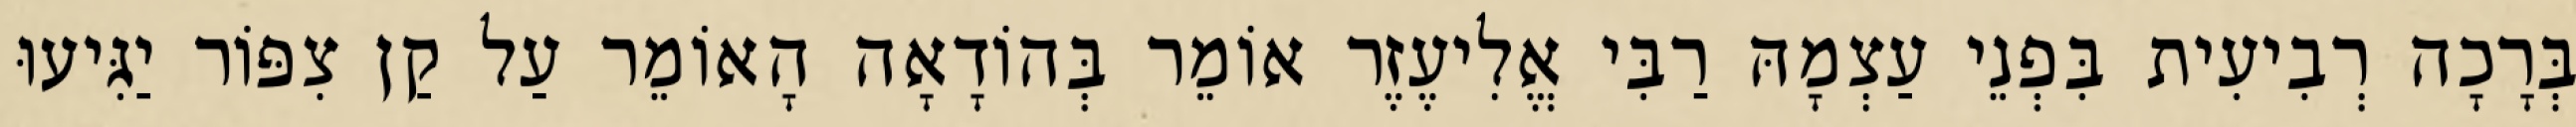
בְּרָכָה רְבִיעִית בִּפְנֵי עַצְמָהּ רַבִּי אֱלִיעֶזֶר אוֹמֵר בְּהוֹדָאָה הָאוֹמֵר עַל קַן צִפּוֹר יַגִּיעוּ